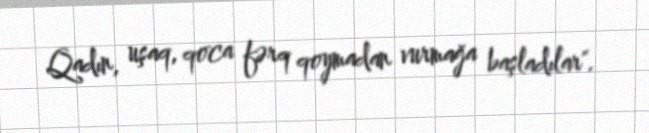
Qadın, uşaq, qoca fərq qoymadan vurmağa başladılar".